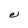
Character: e